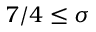
7 / 4 \leq \sigma